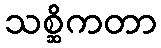
သစ္ဆိကတာ